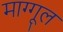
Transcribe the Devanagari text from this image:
माग्गूल